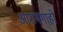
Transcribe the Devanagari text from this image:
आरामगाहों